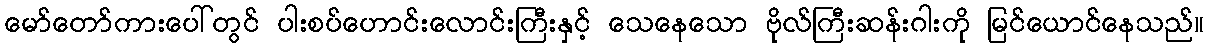
မော်တော်ကားပေါ်တွင် ပါးစပ်ဟောင်းလောင်းကြီးနှင့် သေနေသော ဗိုလ်ကြီးဆန်းဂါးကို မြင်ယောင်နေသည်။